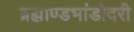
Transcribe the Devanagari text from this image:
ब्रह्माण्डभांडोदरी